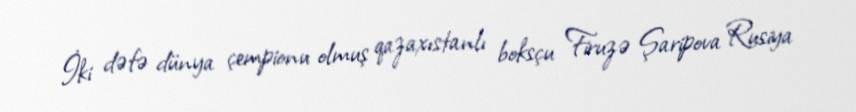
İki dəfə dünya çempionu olmuş qazaxıstanlı boksçu Firuzə Şaripova Rusiya